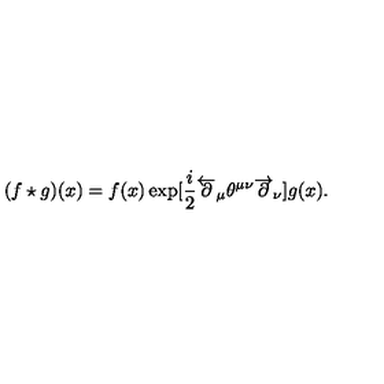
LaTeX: ( f \star g ) ( x ) = f ( x ) \exp [ \frac { i } { 2 } \overleftarrow { \partial } _ { \mu } \theta ^ { \mu \nu } \overrightarrow { \partial } _ { \nu } ] g ( x ) .